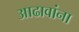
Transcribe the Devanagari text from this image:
आढावांना